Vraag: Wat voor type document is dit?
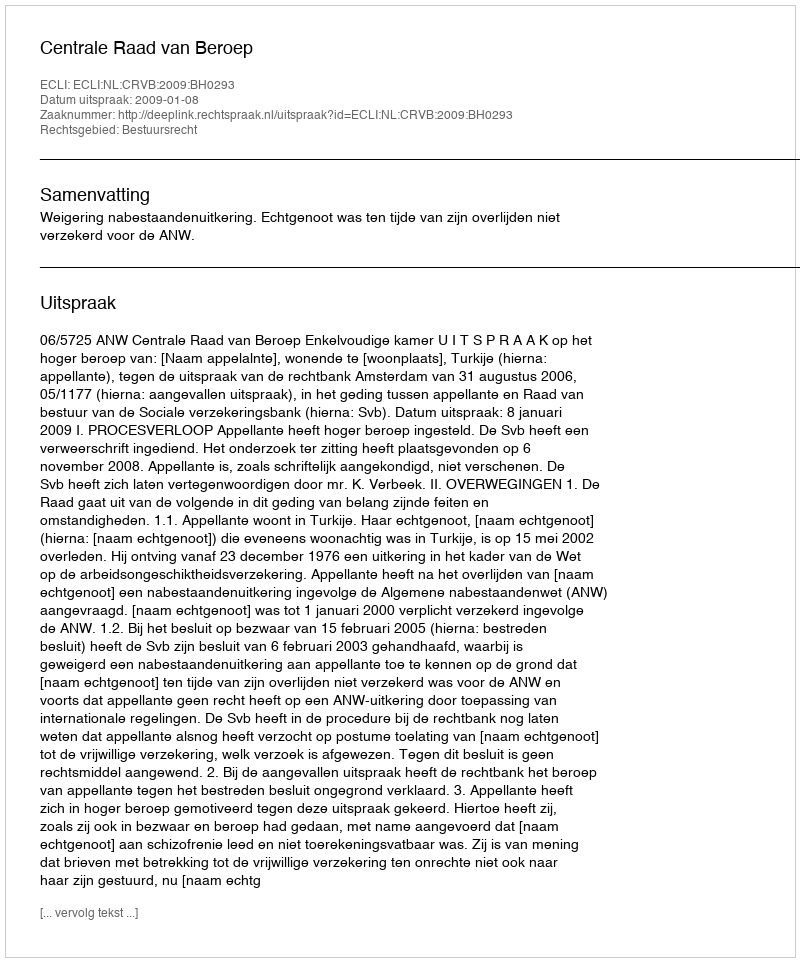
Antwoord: Uitspraak